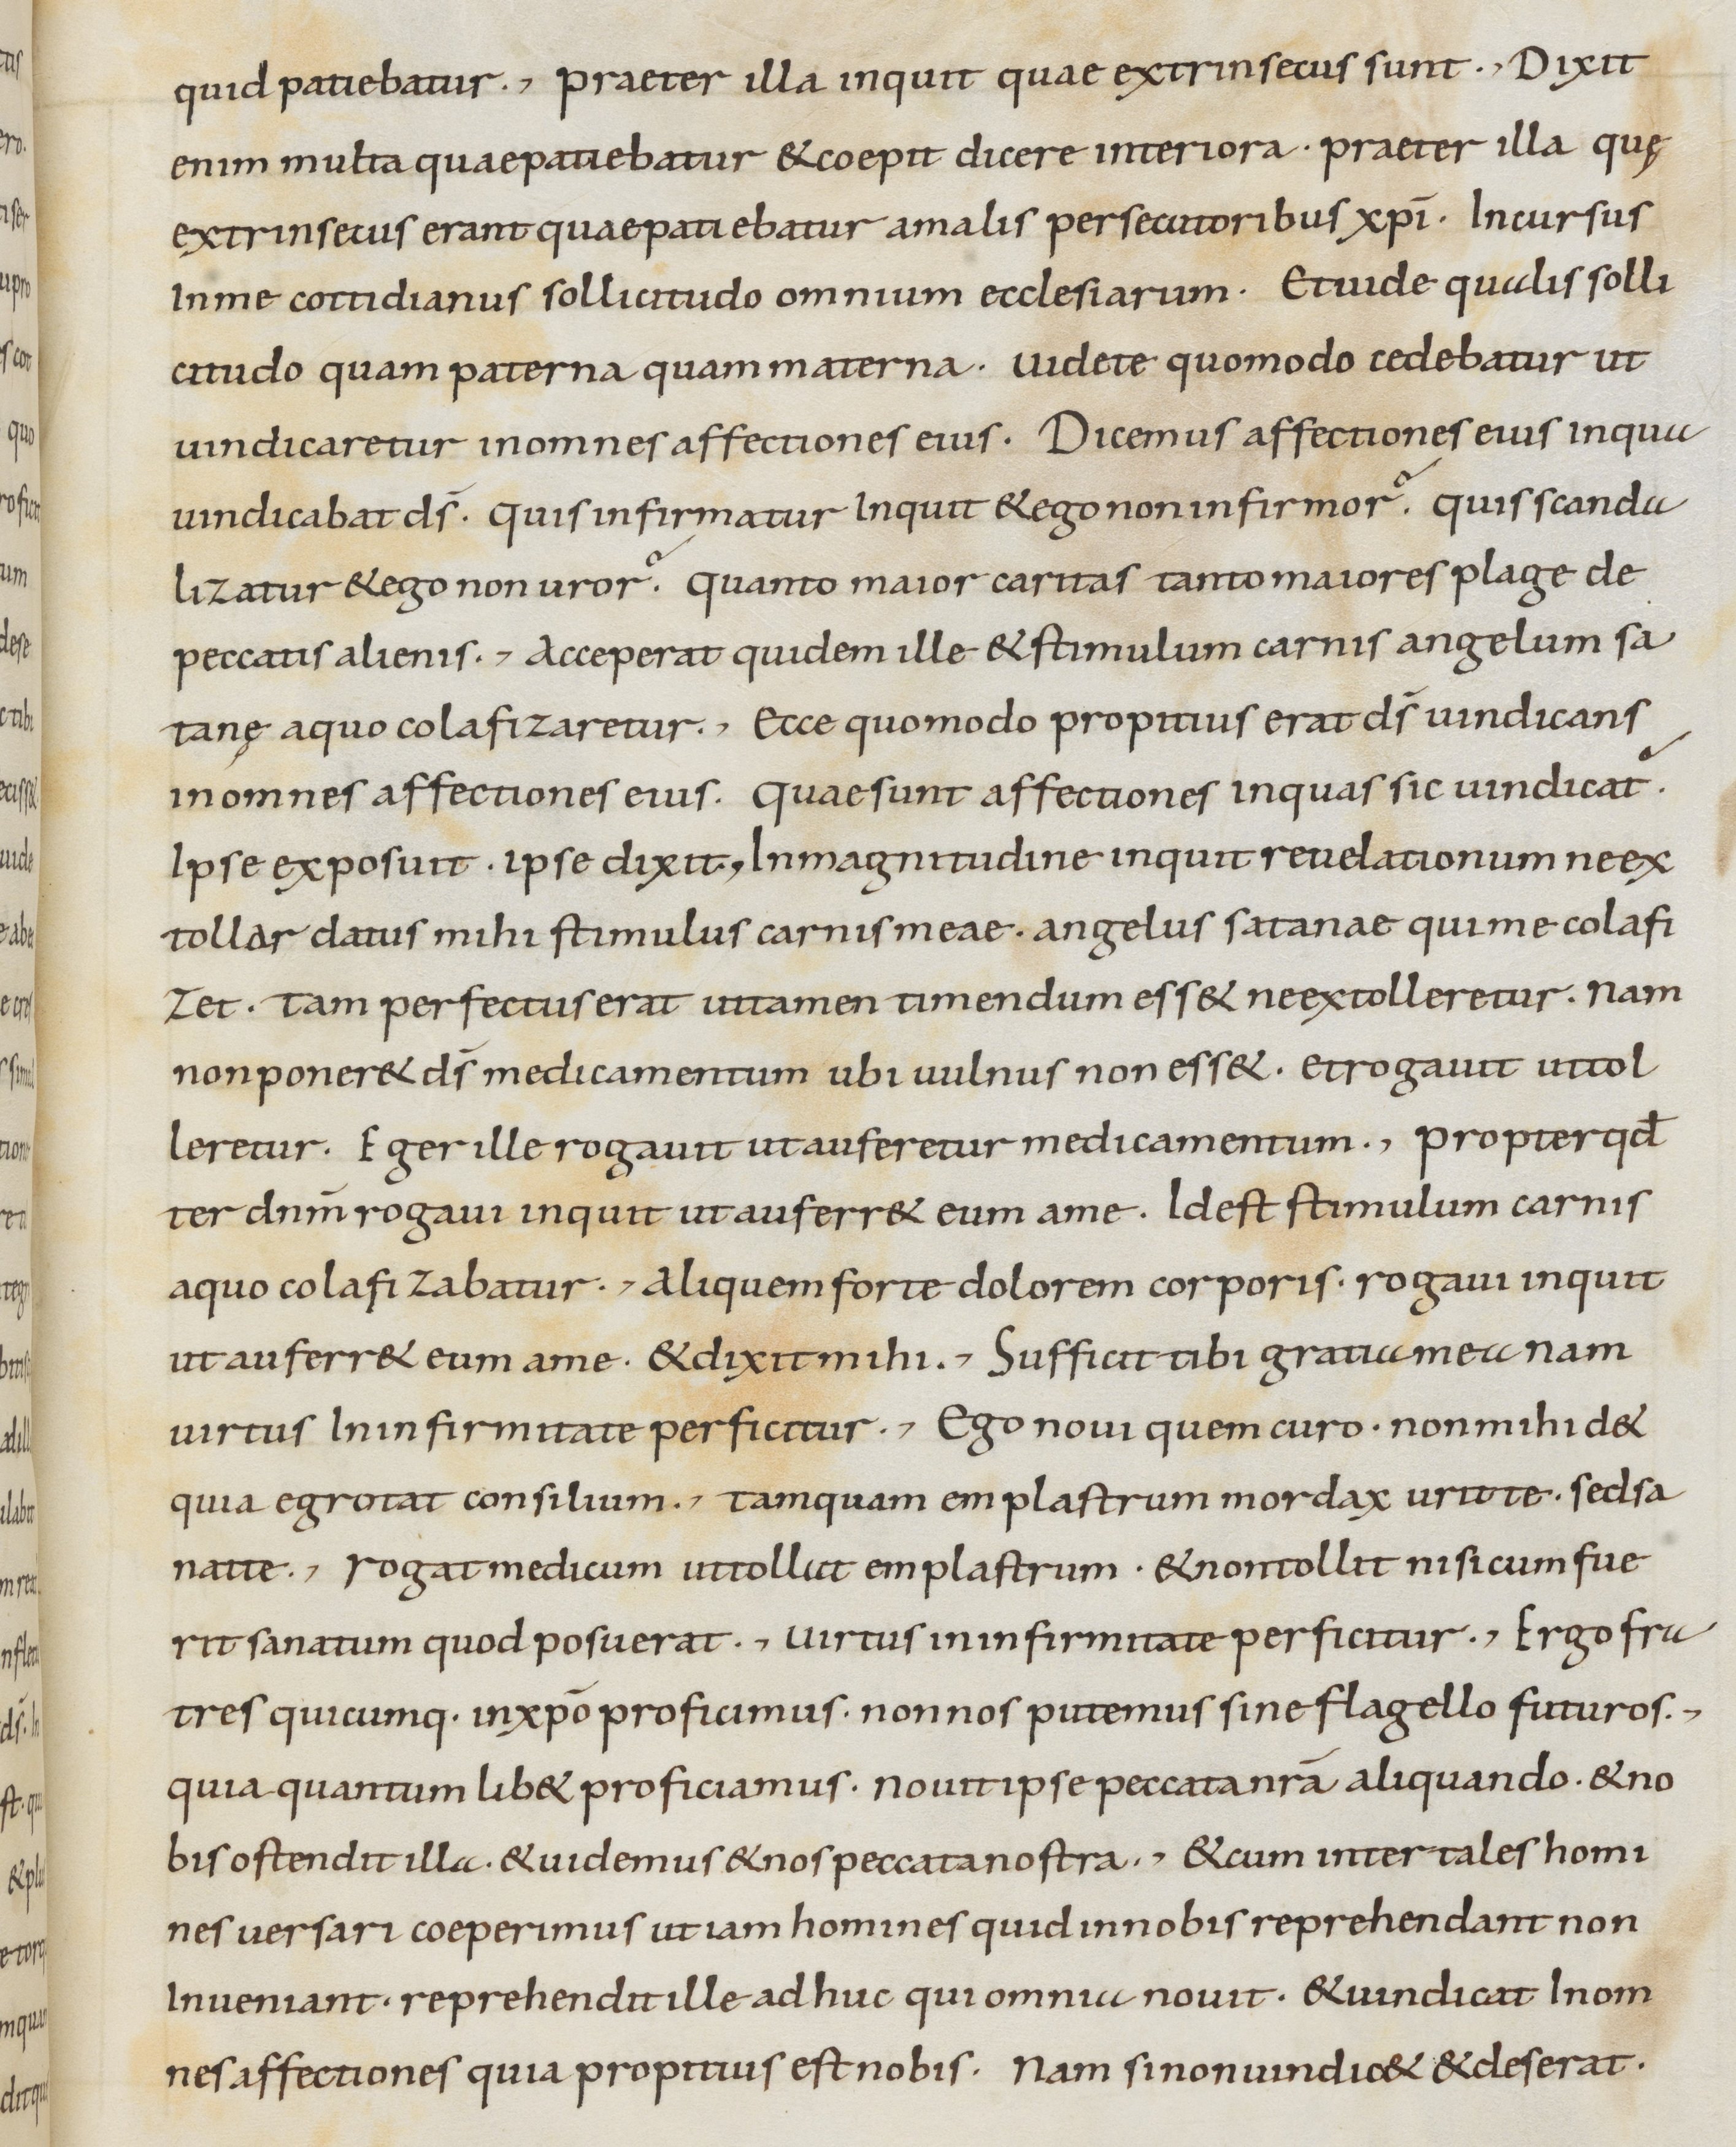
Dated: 800–899